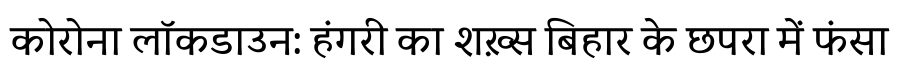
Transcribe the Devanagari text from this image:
कोरोना लॉकडाउन: हंगरी का शख़्स बिहार के छपरा में फंसा